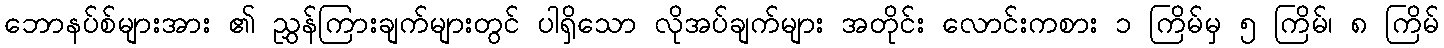
ဘောနပ်စ်များအား ၏ ညွှန်ကြားချက်များတွင် ပါရှိသော လိုအပ်ချက်များ အတိုင်း လောင်းကစား ၁ ကြိမ်မှ ၅ ကြိမ်၊ ၈ ကြိမ်